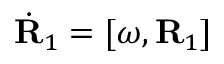
\dot { \bf R } _ { 1 } = [ \boldsymbol { \omega } , { \bf R } _ { 1 } ]